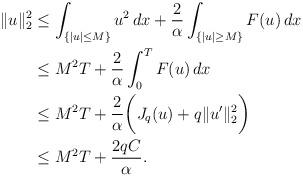
LaTeX: \begin{align*}\|u\|_{2}^2&\leq \int_{\{|u|\leq M\}} u^2\, dx +\frac{2}{\alpha}\int_{\{|u|\geq M\}} F(u)\, dx\\&\le M^2T+\frac{2}{\alpha}\int_0^T F(u)\, dx\\&\le M^2T+\frac{2}{\alpha}\biggl( J_q(u)+q\|u'\|_{2}^2\biggr)\\&\le M^2T+\frac{2qC}{\alpha}.\end{align*}